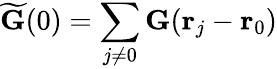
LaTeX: \widetilde{\mathbf G}(0)=\sum_{j\neq 0}\mathbf G(\mathbf r_{j}-\mathbf r_{0})